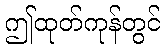
ဤထုတ်ကုန်တွင်